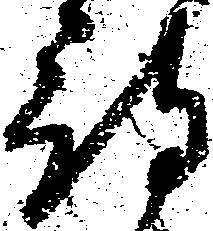
待